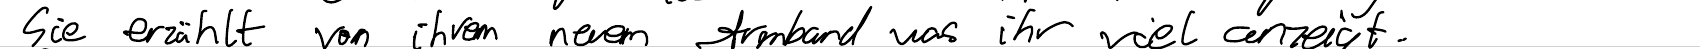
Sie erzählt von ihrem neuen Armband was ihr viel anzeigt.